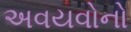
અવયવોનો